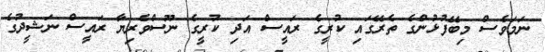
ނަމަވެސް މިބޭފުޅުންގެ ތެރޭގައި ކުރީގެ ރައީސް އަދި ކުރީގެ ނޫސްވެރިޔާ ރައީސް ނަޝީދުގެ